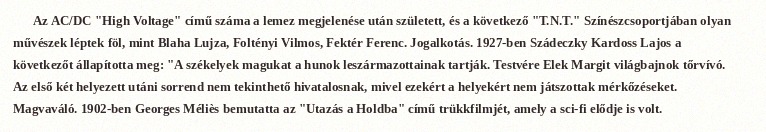
Az AC/DC "High Voltage" című száma a lemez megjelenése után született, és a következő "T.N.T." Színészcsoportjában olyan művészek léptek föl, mint Blaha Lujza, Foltényi Vilmos, Fektér Ferenc. Jogalkotás. 1927-ben Szádeczky Kardoss Lajos a következőt állapította meg: "A székelyek magukat a hunok leszármazottainak tartják. Testvére Elek Margit világbajnok tőrvívó. Az első két helyezett utáni sorrend nem tekinthető hivatalosnak, mivel ezekért a helyekért nem játszottak mérkőzéseket. Magvaváló. 1902-ben Georges Méliès bemutatta az "Utazás a Holdba" című trükkfilmjét, amely a sci-fi elődje is volt.